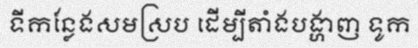
ទីកន្លែងសមស្រប ដើម្បីតាំងបង្ហាញ ទូក